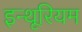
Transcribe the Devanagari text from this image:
इन्थूरियम